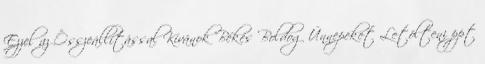
Ezzel az Összeállítással Kívánok Békés Boldog Ünnepeket Letölteni ppt